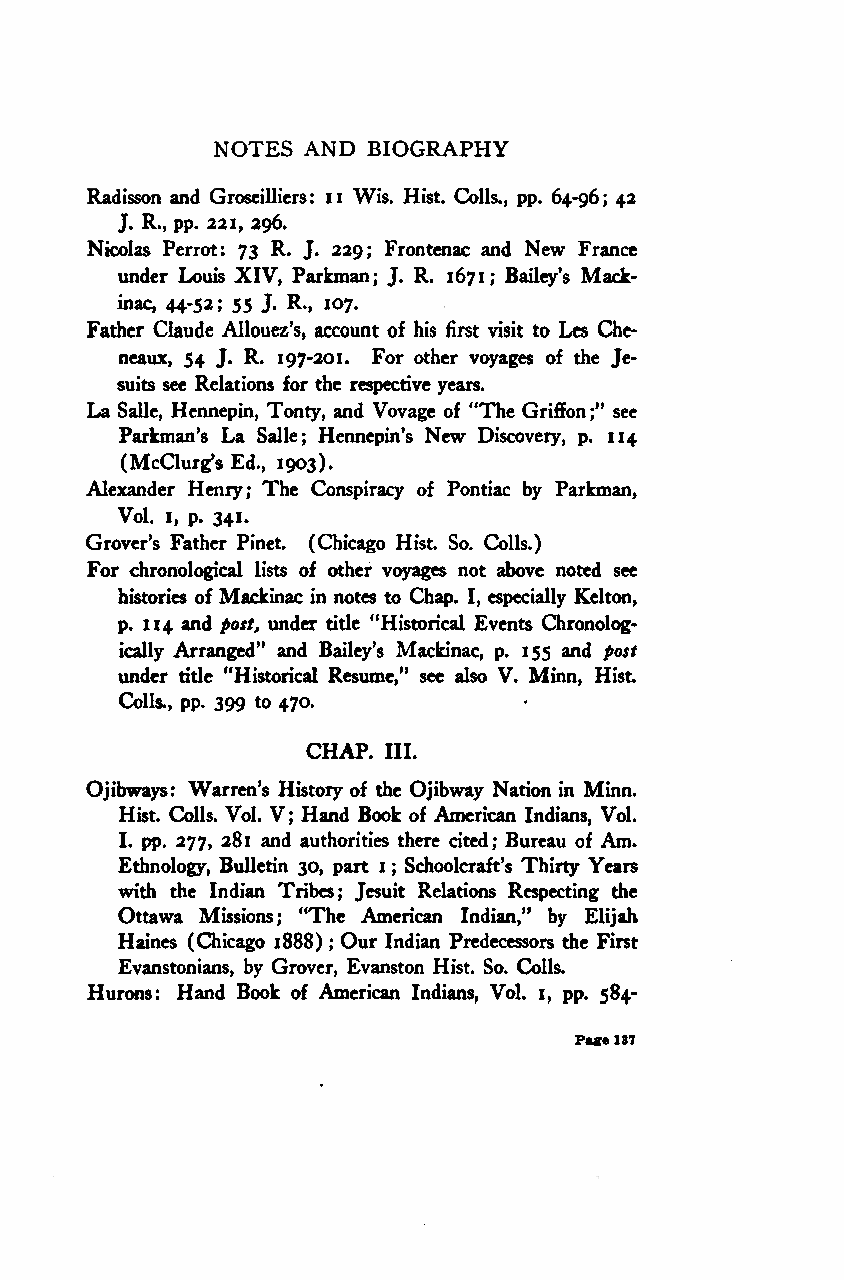
NOTES AND BIOGRAPHY
 n
 Radisson and Groseilliers: Wis. Hist. Colls., pp. 64-96; 42
 J. R., pp. 221, 296.
 Nicolas Perrot: 73 R. J. 229; Frontenac and New France
 under Louis XIV, Parkman; J. R. 1671; Bailey's Mack-
 inac, 44-52; 55 J. R.> 107.
 Father Claude Allouez's, account of his first visit to Les Che-
 neaux, 54 J. R. 197-201. For other voyages of the Je-
 suits see Relations for the respective years.
 La Salle, Hennepin, Tonty, and Vovage of "The Griffon;" see
 Parkman's La Salle; Hennepin's New Discovery, p. 114
 (McClurg's Ed., 1903).
 Alexander Henry; The Conspiracy of Pontiac by Parkman,
 Vol. 1, p. 341.
 Grover's Father Pinet. (Chicago Hist. So. Colls.)
 For chronological lists of other voyages not above noted see
 histories of Mackinac in notes to Chap. I, especially Kelton,
 p. 114 and post, under title "Historical Events Chronolog-
 ically Arranged" and Bailey's Mackinac, p. 155 and post
 under title "Historical Resume," see also V. Minn, Hist
 Colls., pp. 399 to 470.
 CHAP.
 III.
 Ojibways: Warren's History of the Ojibway Nation in Minn.
 Hist. Colls. Vol. V; Hand Book of American Indians, Vol.
 I. pp. 277, 281 and authorities there cited; Bureau of Am.
 Ethnology, Bulletin 30, part 1; Schoolcraft's Thirty Years
 with the Indian Tribes; Jesuit Relations Respecting the
 Ottawa Missions; "The American Indian," by Elijah
 Haines (Chicago 1888) Our Indian Predecessors the First
 ;
 Evanstonians, by Grover, Evanston Hist. So. Colls.
 Hurons: Hand Book of American Indians, Vol. 1, pp. 584-
 Fage137
 Google
 Digitizedby